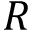
R